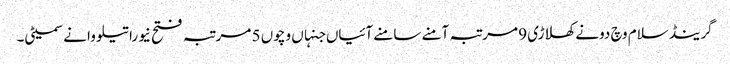
گرینڈ سلام وچ دونے کھلاڑی 9 مرتبہ آمنے سامنے آئیاں جنہاں وچو‏ں 5 مرتبہ فتح نیوراتیلووا نے سمیٹی۔